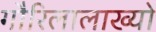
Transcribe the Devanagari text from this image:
गौरिलालाख्यो